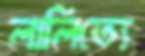
লালিত্যে